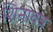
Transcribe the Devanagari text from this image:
शिनावत्र